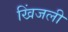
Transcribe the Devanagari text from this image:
खिंजली